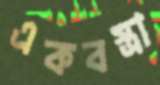
একবস্ত্রা